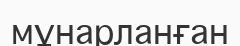
мұнарланған